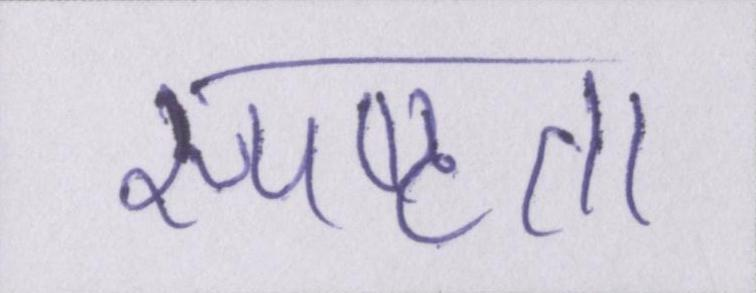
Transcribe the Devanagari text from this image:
स्पष्टता